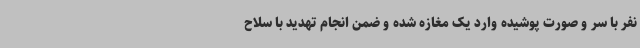
نفر با سر و صورت پوشیده وارد یک مغازه شده و ضمن انجام تهدید با سلاح